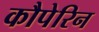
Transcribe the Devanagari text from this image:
कौपेरिन